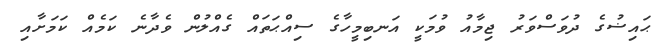
ޙައިޟުގެ ދުވަސްވަރު ޖިމާއު ވުމަކީ އަނބިމީހާގެ ސިއްޙަތައް ގެއްލުން ވެދާނެ ކަމެއް ކަމަށާއި